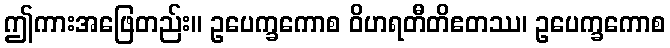
ဤကားအဖြေတည်း။ ဥပေက္ခကောစ ဝိဟရတီတိဧတဿ၊ ဥပေက္ခကောစ